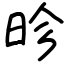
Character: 昣